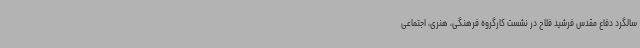
سالگرد دفاع مقدس فرشید فلاح در نشست کارگروه فرهنگی، هنری، اجتماعی